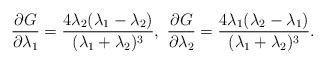
LaTeX: \begin{align*}\frac{\partial G}{\partial \lambda_1}=\frac{4\lambda_2(\lambda_1-\lambda_2)}{(\lambda_1+\lambda_2)^3},~\frac{\partial G}{\partial \lambda_2}=\frac{4\lambda_1(\lambda_2-\lambda_1)}{(\lambda_1+\lambda_2)^3}.\end{align*}